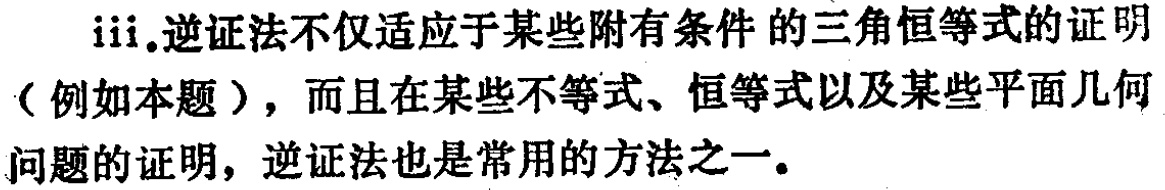
iii.逆证法不仅适应于某些附有条件的三角恒等式的证明（例如本题），而且在某些不等式、恒等式以及某些平面几何问题的证明，逆证法也是常用的方法之一。